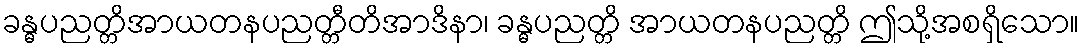
ခန္ဓပညတ္တိအာယတနပညတ္တီတိအာဒိနာ၊ ခန္ဓပညတ္တိ အာယတနပညတ္တိ ဤသို့အစရှိသော။